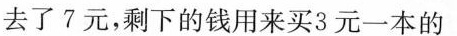
去了7元，剩下的钱用来买3元一本的